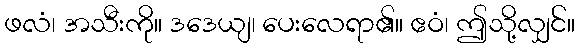
ဖလံ၊ အသီးကို။ ဒဒေယျ၊ ပေးလေရာ၏။ ဧဝံ၊ ဤသို့လျှင်။